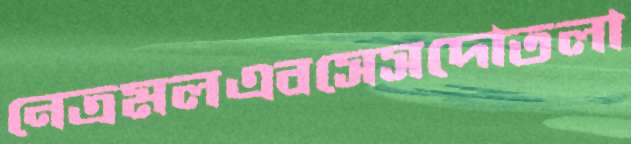
নেত্রমলএবসেসদোতলা